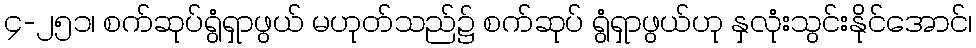
၄-၂၅၁၊ စက်ဆုပ်ရွံရှာဖွယ် မဟုတ်သည်၌ စက်ဆုပ် ရွံရှာဖွယ်ဟု နှလုံးသွင်းနိုင်အောင်၊